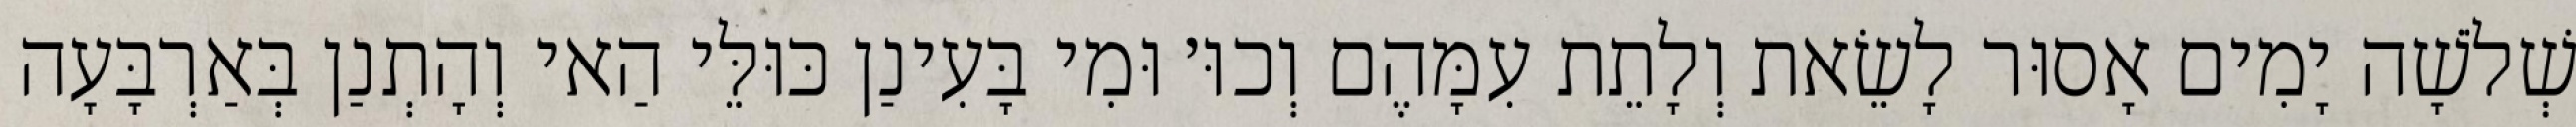
שְׁלֹשָׁה יָמִים אָסוּר לָשֵׂאת וְלָתֵת עִמָּהֶם וְכוּ׳ וּמִי בָּעִינַן כּוּלֵּי הַאי וְהָתְנַן בְּאַרְבָּעָה